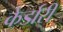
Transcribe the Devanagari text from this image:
केर्डारी